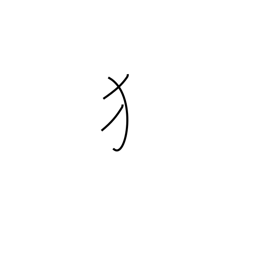
Meaning: dog radical (no. 94)